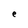
Character: e